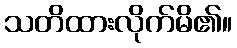
သတိထားလိုက်မိ၏။